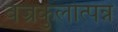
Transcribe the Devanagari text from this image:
वज्रकुलोत्पन्न